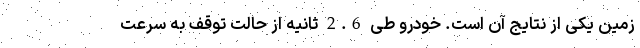
زمین یکی از نتایج آن است. خودرو طی 2.6 ثانیه از حالت توقف به سرعت